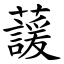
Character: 蘐